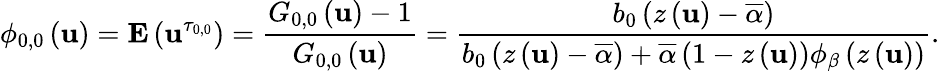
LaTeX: \phi_{0,0}\left(\mathbf{u}\right)={\mathbf{E}}\left(\mathbf{u}^{\tau_{0,0}}\right)=\frac{{G_{0,0}\left(\mathbf{u}\right)-1}}{{G_{0,0}\left(\mathbf{u}\right)}}=\frac{{b_{0}\left(z\left(\mathbf{u}\right)-\overline{{{\alpha}}}\right)}}{{b_{0}\left(z\left(\mathbf{u}\right)-\overline{{{\alpha}}}\right)+\overline{{{\alpha}}}\left(1-z\left(\mathbf{u}\right)\right)\phi_{\beta}\left(z\left(\mathbf{u}\right)\right)}}\mathrm{{.}}